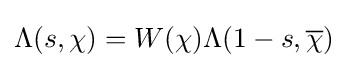
\Lambda (s,\chi )=W(\chi )\Lambda (1-s,{\overline {\chi }})